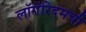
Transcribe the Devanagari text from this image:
लॉगॅरिदमची